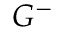
G ^ { - }